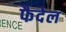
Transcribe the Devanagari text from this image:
फैदेल